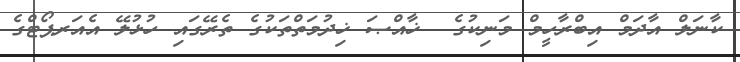
ކާނަލް އާދަމް އިބްރާހީމް މަނިކުގެ  ޚާއްޞަ ޚިދުމަތްތަކުގެ ތެރޭގައި ހުޅުލޭ އެއަރޕޯޓްގެ